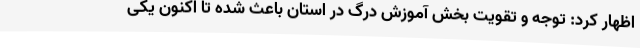
اظهار کرد: توجه و تقویت بخش آموزش درگ در استان باعث شده تا اکنون یکی